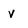
Character: v